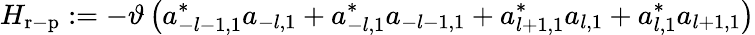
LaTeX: H_{\mathrm{r-p}}:=-\vartheta\left(a_{-l-1,1}^{\ast}a_{-l,1}+a_{-l,1}^{\ast}a_{-l-1,1}+a_{l+1,1}^{\ast}a_{l,1}+a_{l,1}^{\ast}a_{l+1,1}\right)